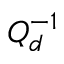
Q _ { d } ^ { - 1 }